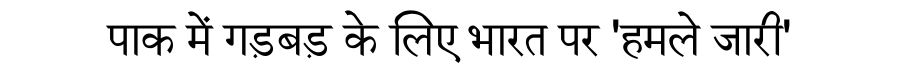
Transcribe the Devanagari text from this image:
पाक में गड़बड़ के लिए भारत पर 'हमले जारी'